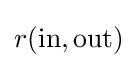
r({\text{in}},{\text{out}})